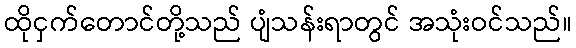
ထိုငှက်တောင်တို့သည် ပျံသန်းရာတွင် အသုံးဝင်သည်။